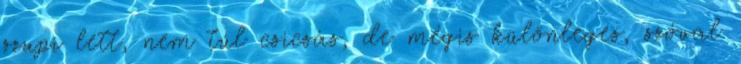
szupi lett, nem túl csicsás, de mégis különleges, szóval